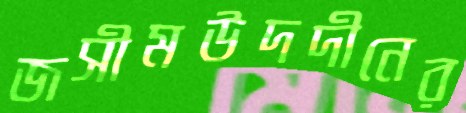
জসীমউদদীনের